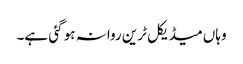
وہاں میڈیکل ٹرین روانہ ہو گئی ہے۔